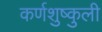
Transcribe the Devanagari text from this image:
कर्णशुष्कुली